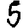
Digit: 5